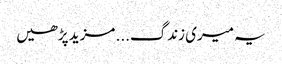
یہ میری زندگ... مزید پڑھیں